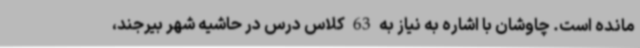
مانده است. چاوشان با اشاره به نیاز به 63 کلاس درس در حاشیه شهر بیرجند،